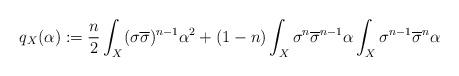
LaTeX: \begin{align*} q_X(\alpha):=\frac{n}{2}\int_X (\sigma\overline\sigma)^{n-1}\alpha^2+(1-n)\int_X\sigma^n\overline\sigma^{n-1}\alpha\int_X\sigma^{n-1}\overline\sigma^n\alpha \end{align*}